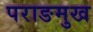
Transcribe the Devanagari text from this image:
पराङमुख